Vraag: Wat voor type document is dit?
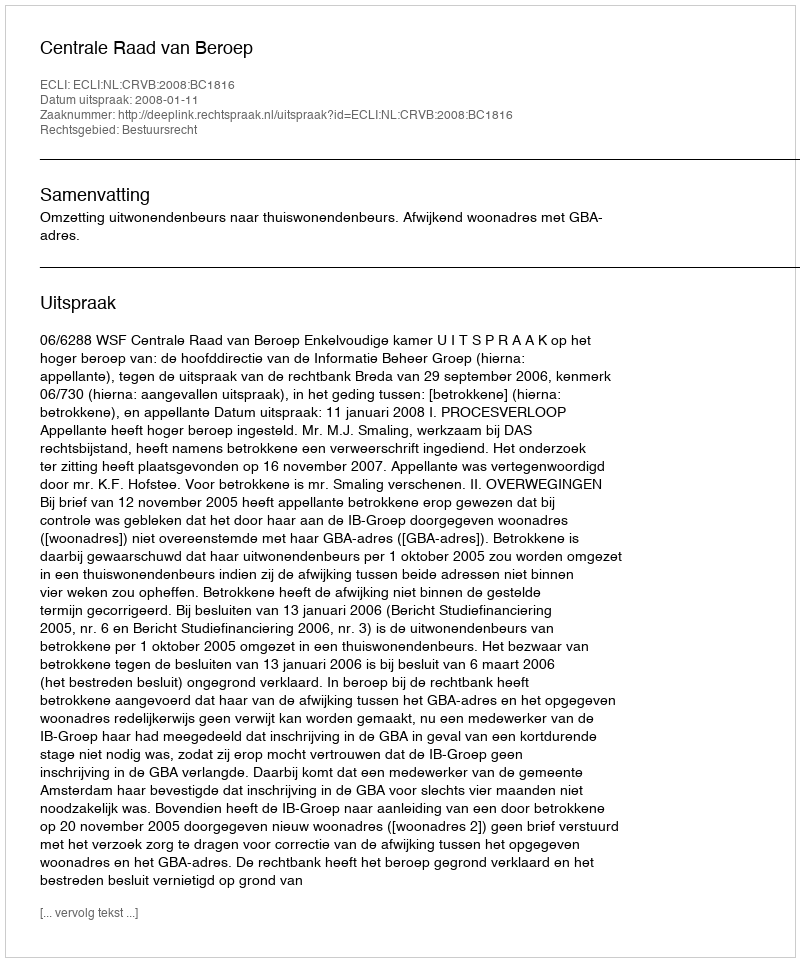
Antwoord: Uitspraak